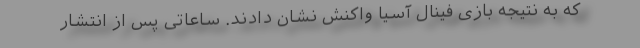
که به نتیجه بازی فینال آسیا واکنش نشان دادند. ساعاتی پس از انتشار